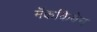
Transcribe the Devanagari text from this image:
मॅककिबेन